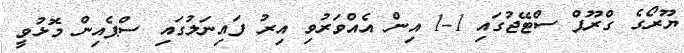
ޔޫރޯގެ ގްރޫޕް ސްޓޭޖުގައި 1-1 އިން އެއްވަރުވި އިރު ފައިނަލުގައި ސްޕެއިން މޮޅުވީ